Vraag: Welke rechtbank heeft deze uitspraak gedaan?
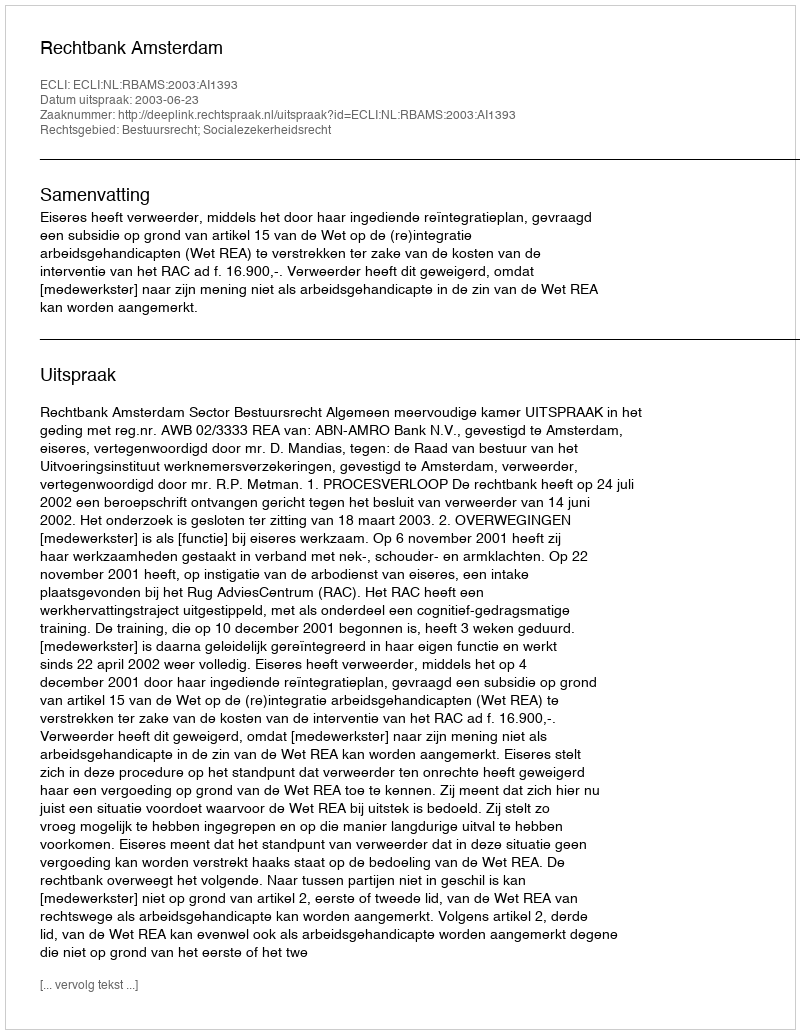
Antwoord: Rechtbank Amsterdam